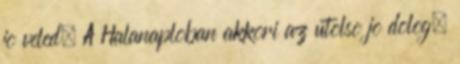
jo veled. A Halanaploban akkori az utolso jo dolog,